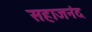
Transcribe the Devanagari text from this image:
सहाजनंद